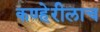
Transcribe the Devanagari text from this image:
कण्हेरीलाच